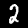
Label: 2